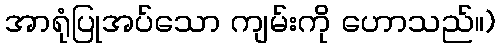
အာရုံပြုအပ်သော ကျမ်းကို ဟောသည်။)